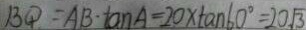
B Q = A B \cdot \tan A = 2 0 \times \tan 6 0 ^ { \circ } = 2 0 \sqrt { 3 }